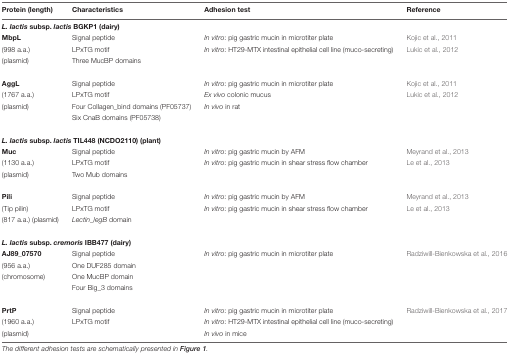
<table><thead><tr><td><b>Protein (length)</b></td><td><b>Characteristics</b></td><td><b>Adhesion test</b></td><td><b>Reference</b></td></tr></thead><tbody><tr><td colspan="4"><b><i>L. lactis</i> subsp. <i>lactis</i> BGKP1 (dairy)</b></td></tr><tr><td><b>MbpL</b></td><td>Signal peptide</td><td><i>In vitro</i>: pig gastric mucin in microtiter plate</td><td>Kojic et al., 2011</td></tr><tr><td>(998 a.a.)</td><td>LPxTG motif</td><td><i>In vitro</i>: HT29-MTX intestinal epithelial cell line (muco-secreting)</td><td>Lukic et al., 2012</td></tr><tr><td>(plasmid)</td><td>Three MucBP domains</td><td></td><td></td></tr><tr><td><b>AggL</b></td><td>Signal peptide</td><td><i>In vitro</i>: pig gastric mucin in microtiter plate</td><td>Kojic et al., 2011</td></tr><tr><td>(1767 a.a.)</td><td>LPxTG motif</td><td><i>Ex vivo</i> colonic mucus</td><td>Lukic et al., 2012</td></tr><tr><td>(plasmid)</td><td>Four Collagen_bind domains (PF05737)</td><td><i>In vivo</i> in rat</td><td></td></tr><tr><td></td><td>Six CnaB domains (PF05738)</td><td></td><td></td></tr><tr><td colspan="4"><b><i>L. lactis</i> subsp. <i>lactis</i> TIL448 (NCDO2110) (plant)</b></td></tr><tr><td><b>Muc</b></td><td>Signal peptide</td><td><i>In vitro</i>: pig gastric mucin by AFM</td><td>Meyrand et al., 2013</td></tr><tr><td>(1130 a.a.)</td><td>LPxTG motif</td><td><i>In vitro</i>: pig gastric mucin in shear stress flow chamber</td><td>Le et al., 2013</td></tr><tr><td>(plasmid)</td><td>Two Mub domains</td><td></td><td></td></tr><tr><td><b>Pili</b></td><td>Signal peptide</td><td><i>In vitro</i>: pig gastric mucin by AFM</td><td>Meyrand et al., 2013</td></tr><tr><td>(Tip pilin)</td><td>LPxTG motif</td><td><i>In vitro</i>: pig gastric mucin in shear stress flow chamber</td><td>Le et al., 2013</td></tr><tr><td>(817 a.a.) (plasmid)</td><td><i>Lectin_legB</i> domain</td><td></td><td></td></tr><tr><td colspan="4"><b><i>L. lactis</i> subsp. <i>cremoris</i> IBB477 (dairy)</b></td></tr><tr><td><b>AJ89_07570</b></td><td>Signal peptide</td><td><i>In vitro</i>: pig gastric mucin in microtiter plate</td><td>Radziwill-Bienkowska et al., 2016</td></tr><tr><td>(956 a.a.)</td><td>One DUF285 domain</td><td></td><td></td></tr><tr><td>(chromosome)</td><td>One MucBP domain</td><td></td><td></td></tr><tr><td></td><td>Four Big_3 domains</td><td></td><td></td></tr><tr><td><b>PrtP</b></td><td>Signal peptide</td><td><i>In vitro</i>: pig gastric mucin in microtiter plate</td><td>Radziwill-Bienkowska et al., 2017</td></tr><tr><td>(1960 a.a.)</td><td>LPxTG motif</td><td><i>In vitro</i>: HT29-MTX intestinal epithelial cell line (muco-secreting)</td><td></td></tr><tr><td>(plasmid)</td><td></td><td><i>In vivo</i> in mice</td><td></td></tr></tbody></table>